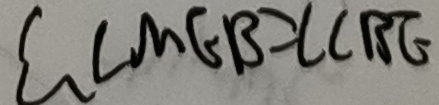
\therefore \angle M E B = \angle C B E